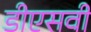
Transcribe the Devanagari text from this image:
डीएसवी